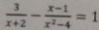
\frac { 3 } { x + 2 } - \frac { x - 1 } { x ^ { 2 } - 4 } = 1